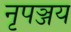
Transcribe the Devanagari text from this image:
नृपञ्जय